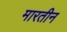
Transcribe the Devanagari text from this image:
मारतीन